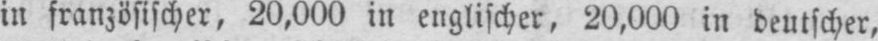
in französischer, 20,000 in englischer, 20.000 in deutscher,